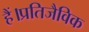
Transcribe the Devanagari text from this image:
हैं।प्रतिजैविक